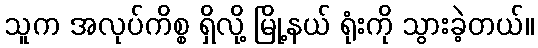
သူက အလုပ်ကိစ္စ ရှိလို့ မြို့နယ် ရုံးကို သွားခဲ့တယ်။